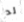
لد